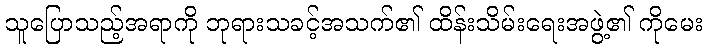
သူပြောသည့်အရာကို ဘုရားသခင့်အသက်၏ ထိန်းသိမ်းရေးအဖွဲ့၏ ကိုမေး